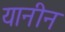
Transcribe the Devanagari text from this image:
यानीन